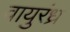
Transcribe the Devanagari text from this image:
वायुरंध्र